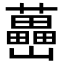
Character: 𡿉